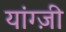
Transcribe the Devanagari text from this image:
यांग्ज़ी